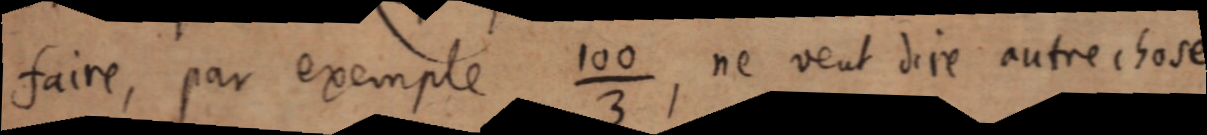
faire, par exemple ¹⁰⁰⁄₃, ne veut dire autre chose